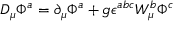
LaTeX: D _ { \mu } \Phi ^ { a } = \partial _ { \mu } \Phi ^ { a } + g \epsilon ^ { a b c } W _ { \mu } ^ { b } \Phi ^ { c }